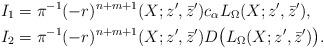
LaTeX: \begin{align*} &I_1=\pi^{-1}(-r)^{n+m+1}(X;z^{\prime},\bar{z}^{\prime})c_{\alpha}L_{\Omega}(X;z^{\prime},\bar{z}^{\prime}),\\&I_2=\pi^{-1}(-r)^{n+m+1}(X;z^{\prime},\bar{z}^{\prime})D\big(L_{\Omega}(X;z^{\prime},\bar{z}^{\prime})\big).\end{align*}